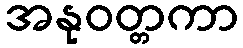
အနုဝတ္တကာ